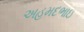
અહમદભાઇ